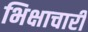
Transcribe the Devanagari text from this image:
भिक्षाचारी